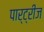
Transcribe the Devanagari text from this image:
पार्ट्रीज